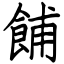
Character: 餔